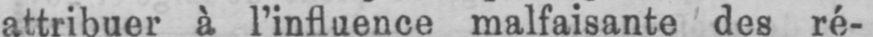
attribuer à l’influence malfaisante des ré-